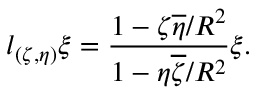
l _ { ( \zeta , \eta ) } \xi = \frac { 1 - \zeta \overline { { \eta } } / R ^ { 2 } } { 1 - \eta \overline { { \zeta } } / R ^ { 2 } } \xi .